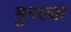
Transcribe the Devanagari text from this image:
मुरल्या